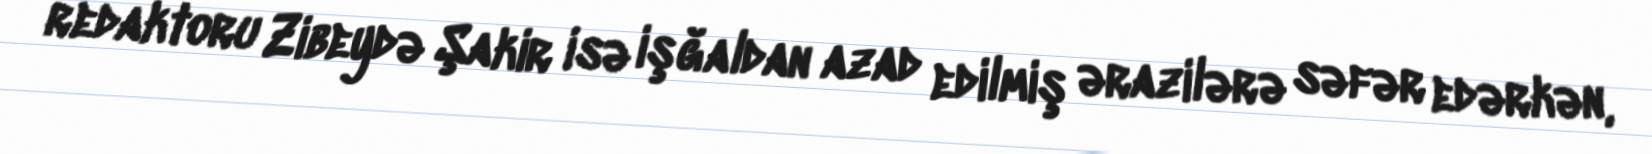
redaktoru Zibeydə Şakir isə işğaldan azad edilmiş ərazilərə səfər edərkən,